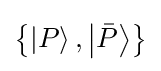
\left\{\left|P\right\rangle ,\left|{\bar {P}}\right\rangle \right\}